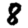
Digit: 8